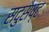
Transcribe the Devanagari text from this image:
सदुसष्ट